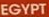
EGYPT